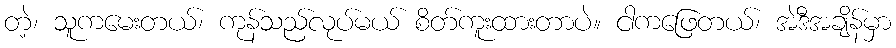
တဲ့၊ သူကမေးတယ်၊ ကုန်သည်လုပ်မယ် စိတ်ကူးထားတာပဲ။ ငါကဖြေတယ်၊ အဲဒီအချိန်မှာ